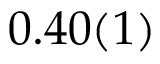
0 . 4 0 ( 1 )